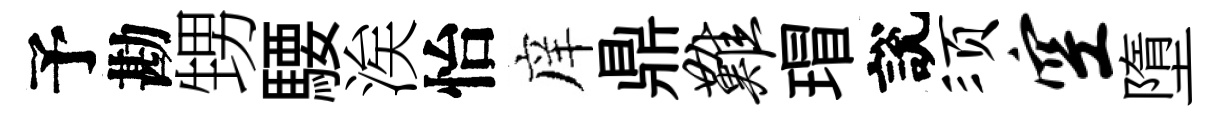
予勘甥騕涘怡庠鼎难瑁說须空墮